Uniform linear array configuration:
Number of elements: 8
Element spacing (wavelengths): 0.25
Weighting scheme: hamming
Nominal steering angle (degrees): -45
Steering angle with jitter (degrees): -46.653
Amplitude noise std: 0.05
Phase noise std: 0.05

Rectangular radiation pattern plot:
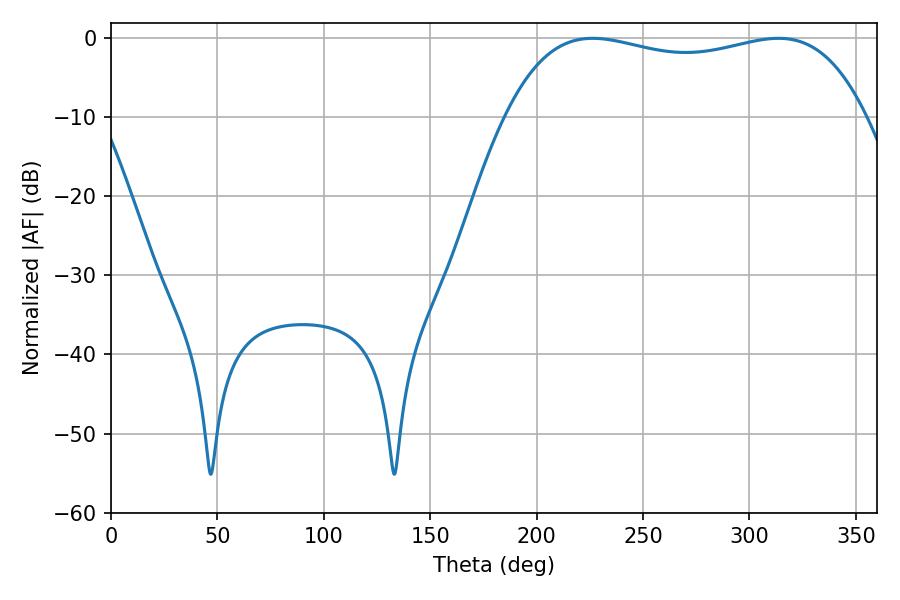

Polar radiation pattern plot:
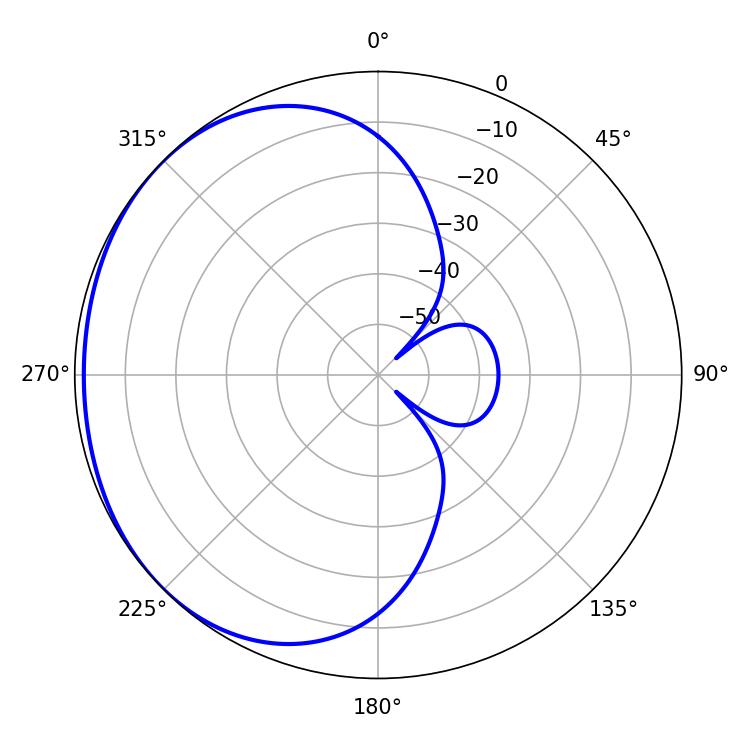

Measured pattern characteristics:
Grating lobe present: FALSE
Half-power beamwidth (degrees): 136.8
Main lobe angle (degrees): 226.44